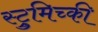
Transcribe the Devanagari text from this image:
स्ट्रुमिच्की